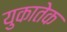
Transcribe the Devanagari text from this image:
युकातेक